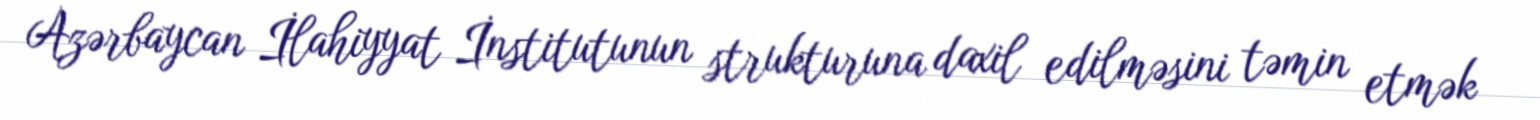
Azərbaycan İlahiyyat İnstitutunun strukturuna daxil edilməsini təmin etmək